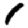
Digit: 1